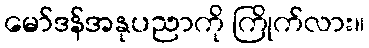
မော်ဒန်အနုပညာကို ကြိုက်လား။